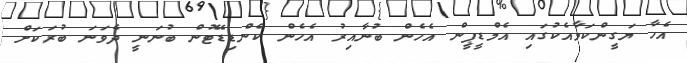
އެހާ ޔަގީންކަމާއެކުގައި އެމްޑީޕީން އެހެން ބުނާއިރު އެހެން ކެންޑިޑޭޓުން ބުނަނީ ދެވަނަ ބުރަކަށް